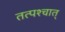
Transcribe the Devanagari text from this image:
तत्‍पश्‍चात्